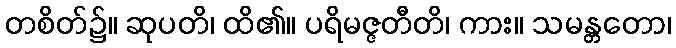
တစိတ်၌။ ဆုပတိ၊ ထိ၏။ ပရိမဇ္ဇတီတိ၊ ကား။ သမန္တတော၊